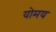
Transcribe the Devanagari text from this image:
योमय